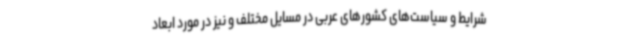
شرایط و سیاست‌های کشورهای عربی در مسایل مختلف و نیز در مورد ابعاد